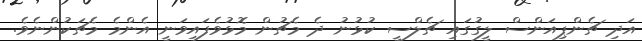
އަދި ޗެންޕިއަންސް ލީގުގައި ޗެލްސީ ކުޅުނު ދެ މެޗުން މޮޅުވެފައިވަނީ އެންމެ މެޗަކުންނެވެ.